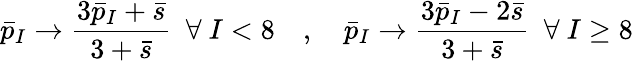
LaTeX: \bar{p}_{I}\to{\frac{3\bar{p}_{I}+\bar{s}}{3+\bar{s}}}\ \ \forall\ I<8\quad,\quad\bar{p}_{I}\to{\frac{3\bar{p}_{I}-2\bar{s}}{3+\bar{s}}}\ \ \forall\ I\geq 8